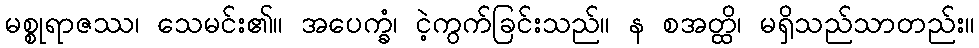
မစ္စုရာဇဿ၊ သေမင်း၏။ အပေက္ခံ၊ ငဲ့ကွက်ခြင်းသည်။ န စအတ္ထိ၊ မရှိသည်သာတည်း။